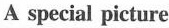
A special picture